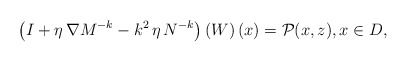
\begin{align*}\left(I + \eta \, \nabla M^{-k} - k^{2} \, \eta \, N^{-k} \right)\left( W \right)(x) = \mathcal{P}(x,z), x \in D,\end{align*}